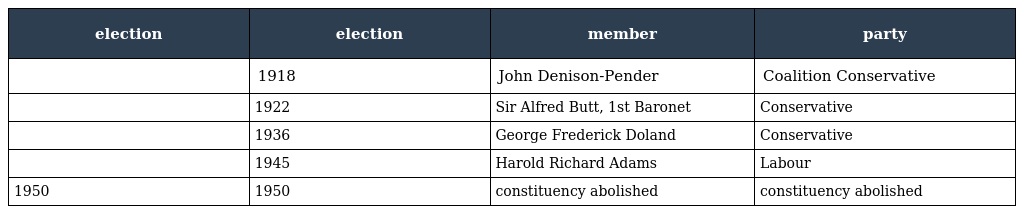
| election | election | member | party |
 | --- | --- | --- | --- |
 |  | 1918 | John Denison-Pender | Coalition Conservative |
 |  | 1922 | Sir Alfred Butt, 1st Baronet | Conservative |
 |  | 1936 | George Frederick Doland | Conservative |
 |  | 1945 | Harold Richard Adams | Labour |
 | 1950 | 1950 | constituency abolished | constituency abolished |